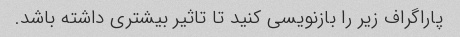
پاراگراف زیر را بازنویسی کنید تا تاثیر بیشتری داشته باشد.